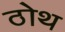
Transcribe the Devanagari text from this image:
ठोथ